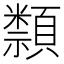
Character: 𥜛